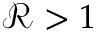
\mathcal { R } > 1